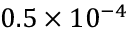
0 . 5 \times 1 0 ^ { - 4 }